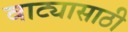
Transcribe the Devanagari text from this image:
वाट्यासाठी